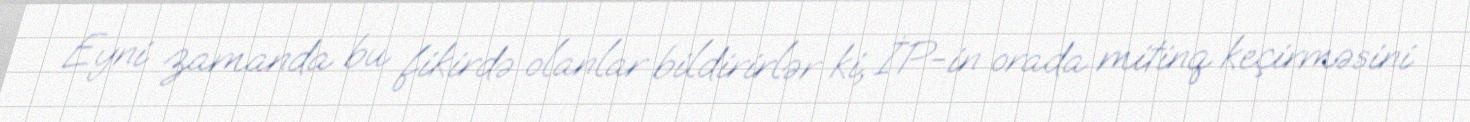
Eyni zamanda bu fikirdə olanlar bildirirlər ki, İP-in orada mitinq keçirməsini